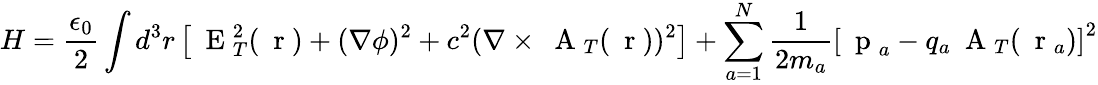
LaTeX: H=\frac{\epsilon_{0}}{2}\int d^{3}r\left[\mathrm{~\mathbf~E~}_{T}^{2}(\mathrm{~\mathbf~r~})+(\nabla\phi)^{2}+c^{2}(\nabla\times\mathrm{~\mathbf~A~}_{T}(\mathrm{~\mathbf~r~}))^{2}\right]+\sum_{a=1}^{N}\frac{1}{2m_{a}}\left[\mathrm{~\mathbf~p~}_{a}-q_{a}\mathrm{~\mathbf~A~}_{T}(\mathrm{~\mathbf~r~}_{a})\right]^{2}